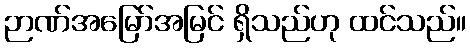
ဉာဏ်အမြော်အမြင် ရှိသည်ဟု ထင်သည်။